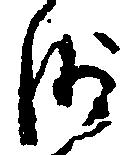
沙